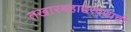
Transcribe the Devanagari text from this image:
तखारबहाद्दरपणाची